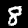
Digit: 8